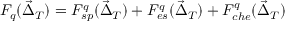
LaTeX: F _ { q } ( \vec { \Delta } _ { T } ) = F _ { s p } ^ { q } ( \vec { \Delta } _ { T } ) + F _ { e s } ^ { q } ( \vec { \Delta } _ { T } ) + F _ { c h e } ^ { q } ( \vec { \Delta } _ { T } )